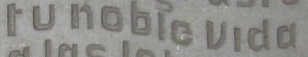
runoble vido